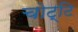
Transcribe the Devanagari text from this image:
चोट्टि